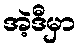
အဲ့ဒီမှာ